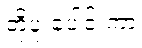
တို့ပူးပေါင်းကာ